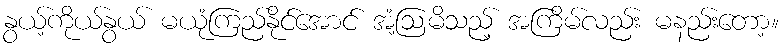
နွယ့်ကိုယ်နွယ် မယုံကြည်နိုင်အောင် အံ့ဩမိသည့် အကြိမ်လည်း မနည်းတော့။